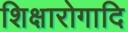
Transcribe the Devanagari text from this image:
शिक्षारोगादि